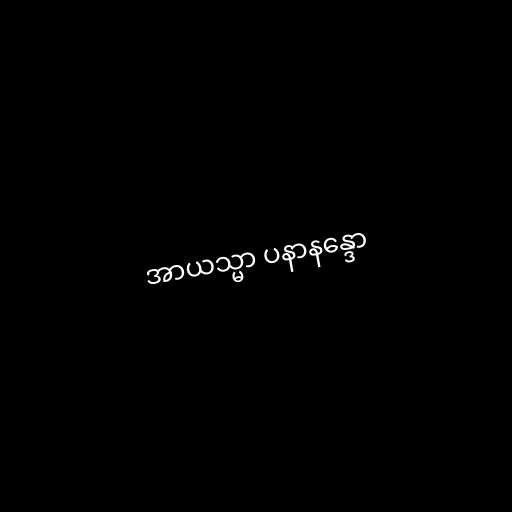
အာယသ္မာ ပနာနန္ဒော